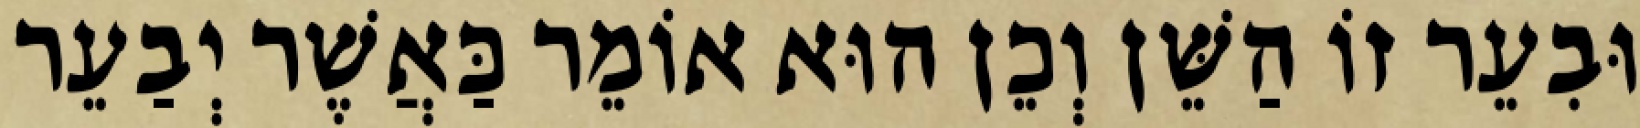
וּבִעֵר זוֹ הַשֵּׁן וְכֵן הוּא אוֹמֵר כַּאֲשֶׁר יְבַעֵר